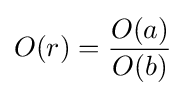
O(r)={\frac {O(a)}{O(b)}}